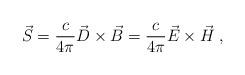
LaTeX: \begin{align*} \vec{S} = \frac{c}{4 \pi} \vec{D} \times \vec{B} = \frac{c}{4 \pi} \vec{E} \times \vec{H} \;,\end{align*}